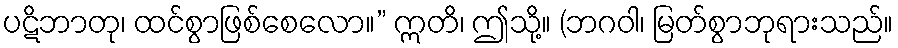
ပဋိဘာတု၊ ထင်စွာဖြစ်စေလော။” ဣတိ၊ ဤသို့။ (ဘဂဝါ၊ မြတ်စွာဘုရားသည်။